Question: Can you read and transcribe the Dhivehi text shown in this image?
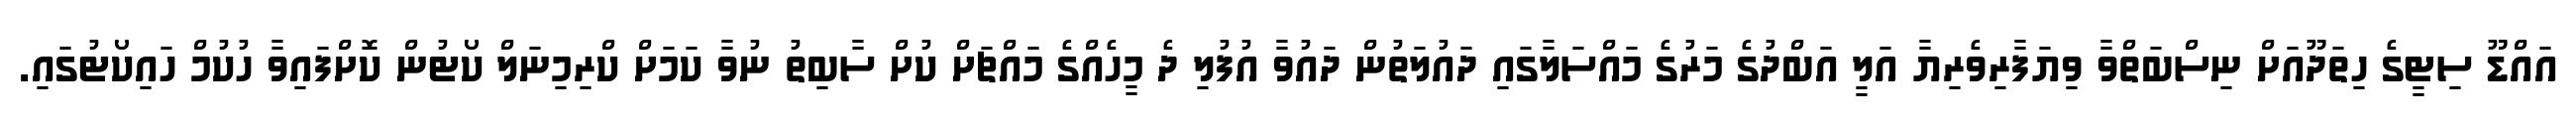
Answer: އައްޑޫ ސިޓީގެ ހިތަދޫއަށް ނިސްބަތްވާ ވިޔަފާރިވެރިޔާ އަލީ އަބްދުގެ މަރުގެ މައްސަލާގައި ދައުލަތުން ދައުވާ އުފުލި ދެ މީހެއްގެ މައްޗަށް ކުށް ސާބިތު ނުވާ ކަމަށް ކްރިމިނަލް ކޯޓުން ކޮށްފައިވާ ހުކުމް ހައިކޯޓުގައި.